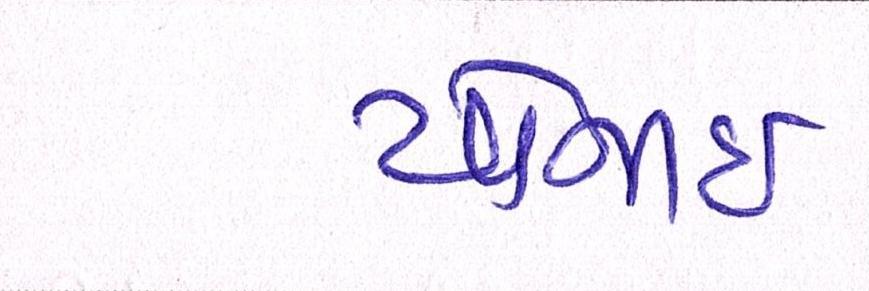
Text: યોજાઈ